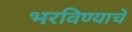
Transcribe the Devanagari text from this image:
भरविण्याचे